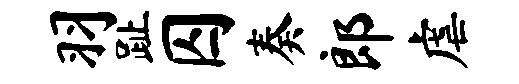
羽趾囚奏郎虐